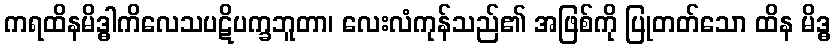
ကရထိနမိဒ္ဓါကိလေသပဋိပက္ခဘူတာ၊ လေးလံကုန်သည်၏ အဖြစ်ကို ပြုတတ်သော ထိန မိဒ္ဓ